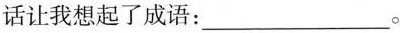
话让我想起了成语：___。